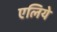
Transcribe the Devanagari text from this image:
एलिये